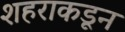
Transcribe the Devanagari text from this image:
शहराकडून